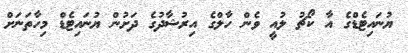
ޔުނައިޓެޑްގެ އާ ކޯޗު ލުއީ ވެން ހާލްގެ އިރުޝާދުގެ ދަށުން ޔުނައިޓެޑް މިހާތަނަށް